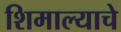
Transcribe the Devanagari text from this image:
शिमाल्याचे